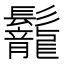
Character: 𩰀